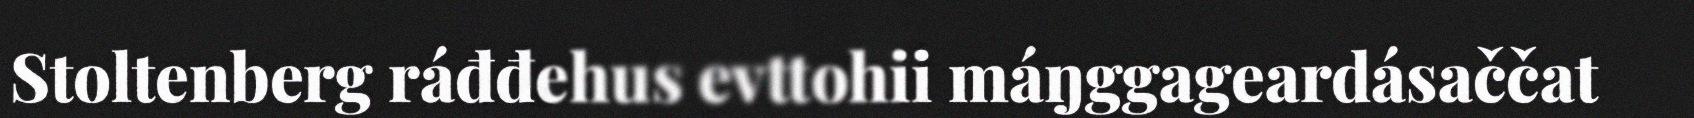
Stoltenberg ráđđehus evttohii máŋggageardásaččat